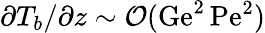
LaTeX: \partial T_{b}/\partial z\sim{\cal O}(\mathrm{Ge}^{2}\, \mathrm{Pe}^{2})